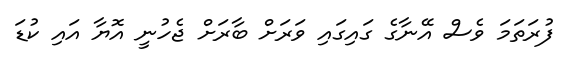
ފުރަތަމަ ވެސް އޭނާގެ ގައިގައި ވަރަށް ބާރަށް ޖެހުނީ އޮޔާ އައި ކުޑަ